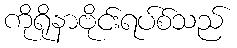
ကိုရိုနာဗိုင်းရပ်စ်သည်